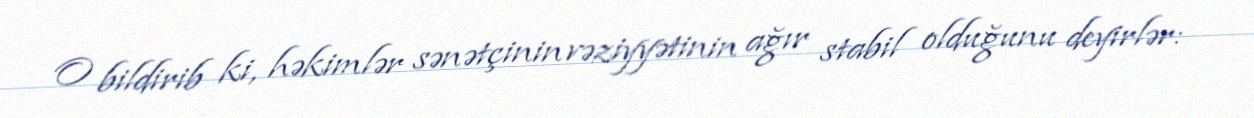
O bildirib ki, həkimlər sənətçinin vəziyyətinin ağır stabil olduğunu deyirlər: